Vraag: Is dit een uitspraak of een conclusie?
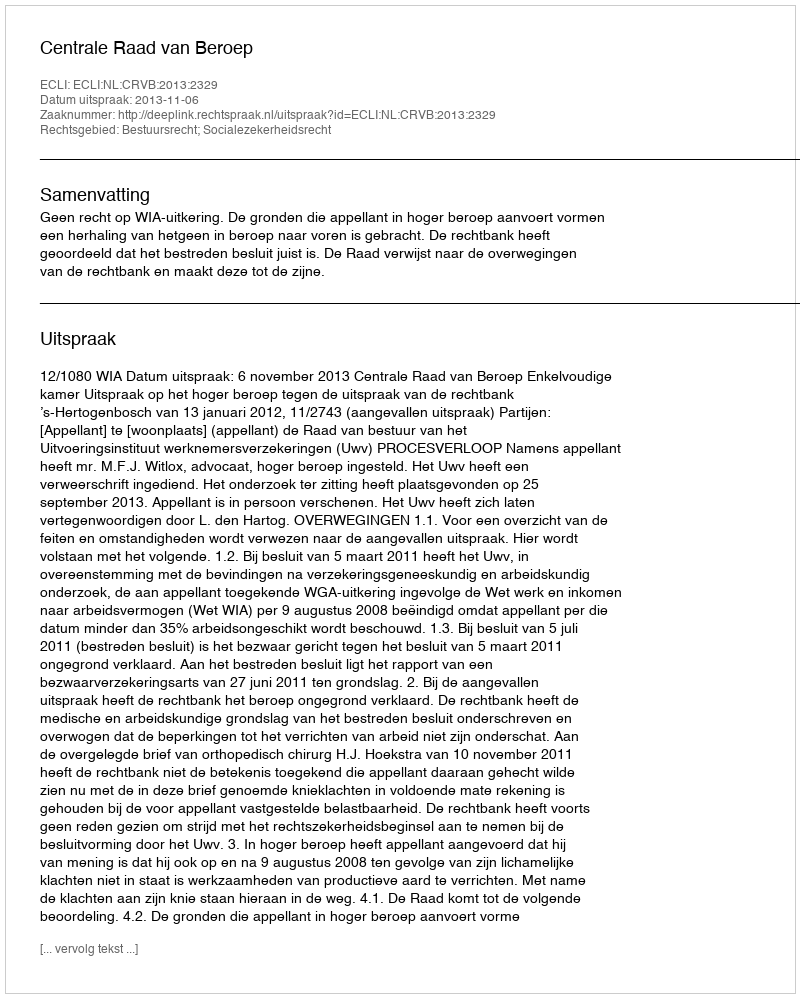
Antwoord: Uitspraak